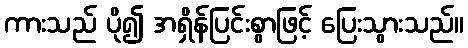
ကားသည် ပို၍ အရှိန်ပြင်းစွာဖြင့် ပြေးသွားသည်။